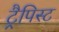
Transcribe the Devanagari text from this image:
ट्रैपिस्ट